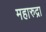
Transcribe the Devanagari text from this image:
महारुद्रा